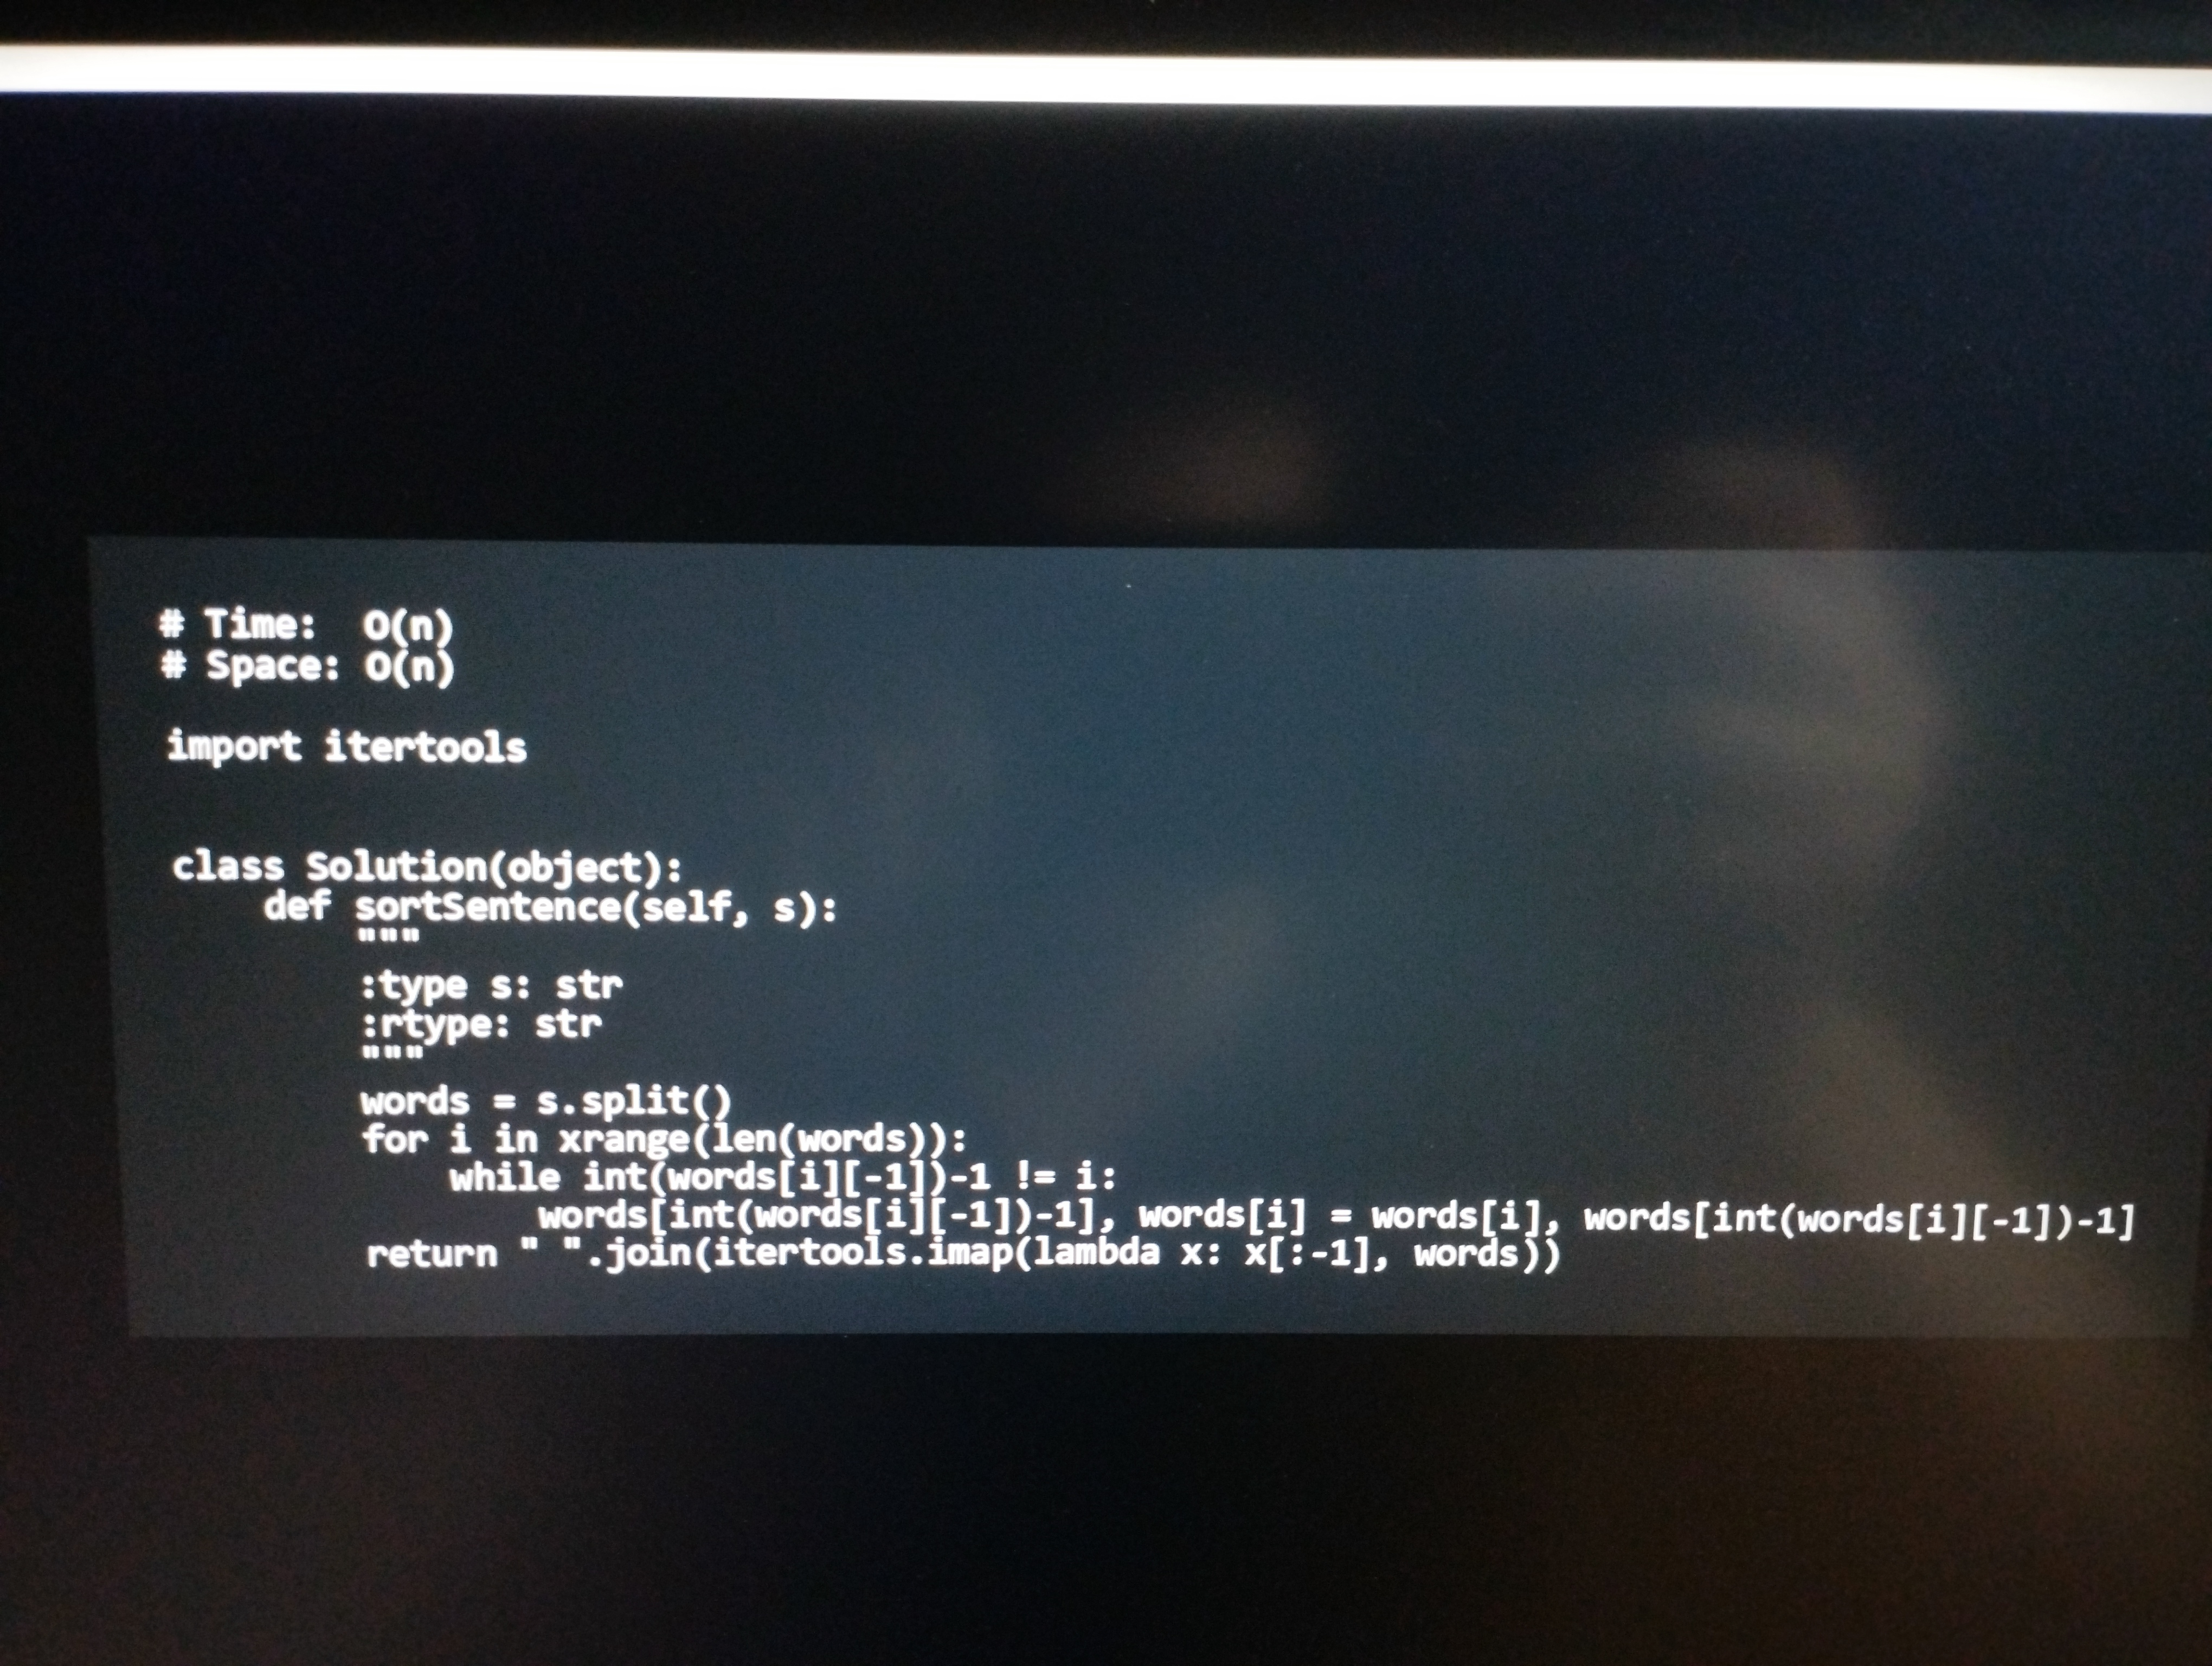
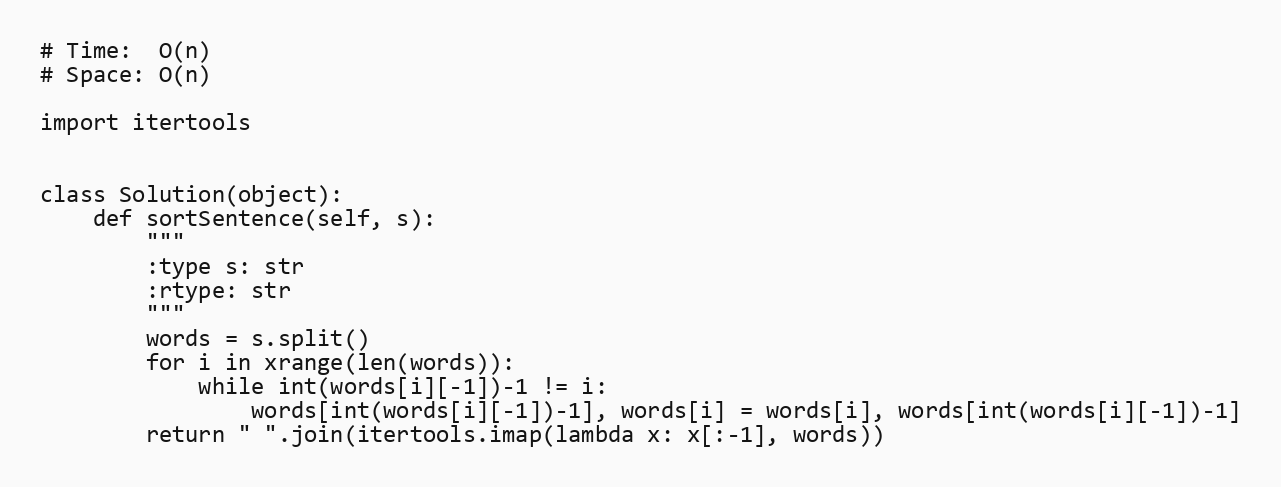
# Time:  O(n)
# Space: O(n)

import itertools

class Solution(object):
    def sortSentence(self, s):
        """
        :type s: str
        :rtype: str
        """
        words = s.split()
        for i in xrange(len(words)):
            while int(words[i][-1])-1 != i:
                words[int(words[i][-1])-1], words[i] = words[i], words[int(words[i][-1])-1]
        return " ".join(itertools.imap(lambda x: x[:-1], words))